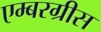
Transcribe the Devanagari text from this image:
एम्बरग्रीस